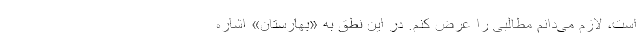
است، لازم می‌دانم مطالبی را عرض کنم. در این نطق به «بهارستان» اشاره